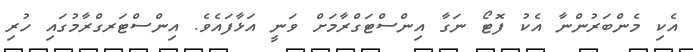
އެކި މެންބަރުންނާ އެކު ފޮޓޯ ނަގާ އިންސްޓަގްރާމަށް ވަނީ އަޅާފައެވެ. އިންސްޓަރގްރާމުގައި ހުރި